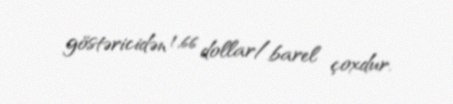
göstəricidən 1,66 dollar/barel çoxdur.